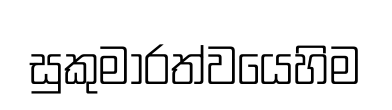
සුකුමාරත්වයෙහිම